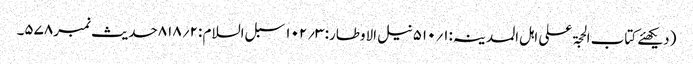
(دیکھئے کتاب الحجۃ علی اہل المدینہ:۱؍۵۱۰نیل الاوطار: ۳؍۱۰۲ سبل السلام :۲؍۸۱۸حدیث نمبر۵۷۸۔